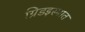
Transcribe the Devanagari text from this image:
ग्रिडइस्पात